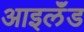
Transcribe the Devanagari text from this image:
आइलॅंड